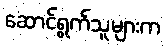
ဆောင်ရွက်သူများက